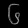
Digit: ၆